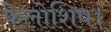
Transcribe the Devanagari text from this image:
फेलोशिप।